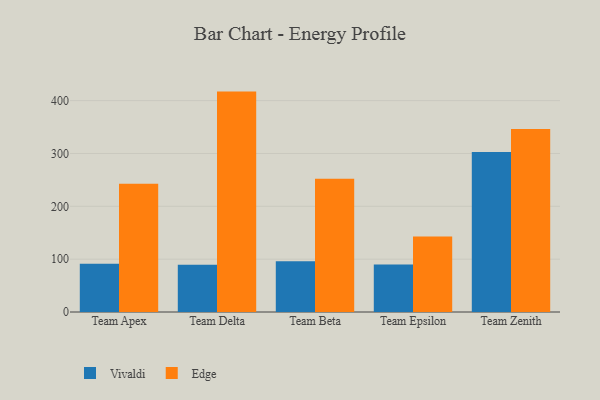
{"axis": {"x": "Team", "y": "Customer Acquisition Cost (USD)"}, "legend": ["Edge", "Vivaldi"], "data": [{"x": "Team Apex", "y": 91.5, "type": "Vivaldi"}, {"x": "Team Apex", "y": 242.7, "type": "Edge"}, {"x": "Team Delta", "y": 89.4, "type": "Vivaldi"}, {"x": "Team Delta", "y": 417.1, "type": "Edge"}, {"x": "Team Beta", "y": 95.9, "type": "Vivaldi"}, {"x": "Team Beta", "y": 252.3, "type": "Edge"}, {"x": "Team Epsilon", "y": 89.7, "type": "Vivaldi"}, {"x": "Team Epsilon", "y": 142.8, "type": "Edge"}, {"x": "Team Zenith", "y": 302.8, "type": "Vivaldi"}, {"x": "Team Zenith", "y": 346.3, "type": "Edge"}]}